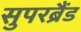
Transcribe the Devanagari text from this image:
सुपरब्रैंड